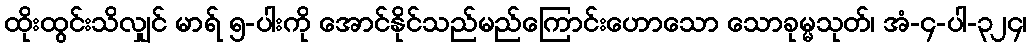
ထိုးထွင်းသိလျှင် မာရ် ၅-ပါးကို အောင်နိုင်သည်မည်ကြောင်းဟောသော သောခုမ္မသုတ်၊ အံ-၄-ပါ-၃၂၄၊